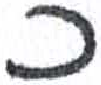
אות: כ